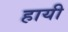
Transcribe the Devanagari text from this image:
हायी